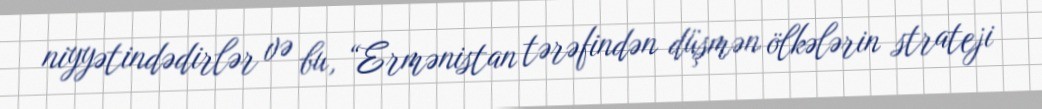
niyyətindədirlər və bu, “Ermənistan tərəfindən düşmən ölkələrin strateji